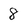
Character: 8